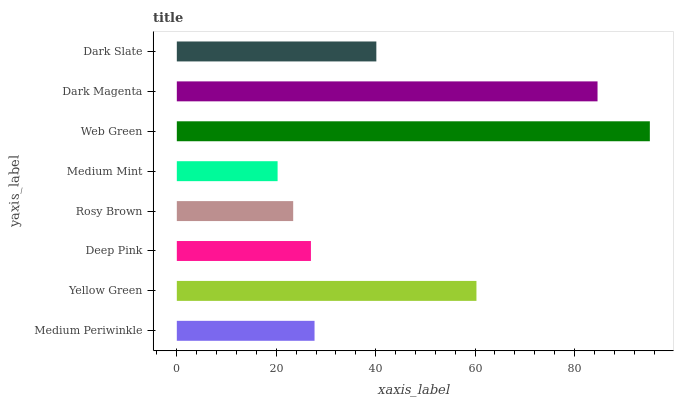
| yaxis_label | bars |
 | --- | --- |
 | Medium Periwinkle | 27.7 |
 | Yellow Green | 60.3 |
 | Deep Pink | 27 |
 | Rosy Brown | 23.4 |
 | Medium Mint | 20.3 |
 | Web Green | 95.2 |
 | Dark Magenta | 84.6 |
 | Dark Slate | 40.1 |